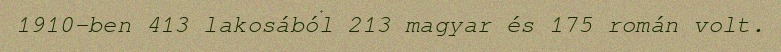
1910-ben 413 lakosából 213 magyar és 175 román volt.